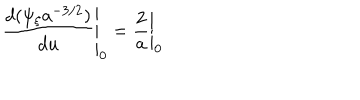
LaTeX: \left. \frac { d ( \psi _ { \xi } a ^ { - 3 / 2 } ) } { d u } \right| _ { 0 } = \left. \frac { 2 } { a } \right| _ { 0 }